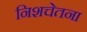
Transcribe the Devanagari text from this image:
निशचेतना